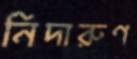
নিদারুণ